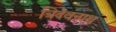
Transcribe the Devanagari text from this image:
त्रिदेवनाथ